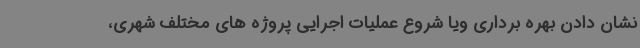
نشان دادن بهره برداری ویا شروع عملیات اجرایی پروژه های مختلف شهری،